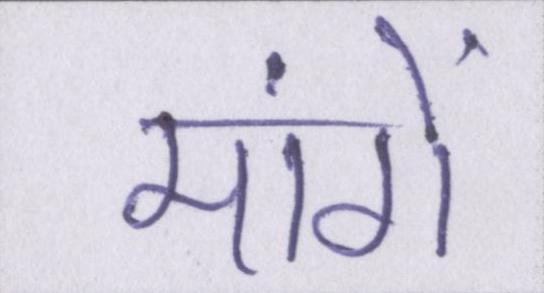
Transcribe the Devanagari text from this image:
मांगें